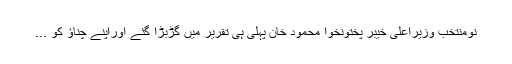
نومنتخب وزیراعلیٰ خیبر پختونخوا محمود خان پہلی ہی تقریر میں گڑبڑا گئے اوراپنے چناﺅ کو ...